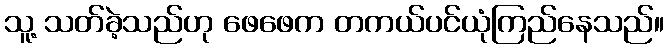
သူ့ သတ်ခဲ့သည်ဟု ဖေဖေက တကယ်ပင်ယုံကြည်နေသည်။